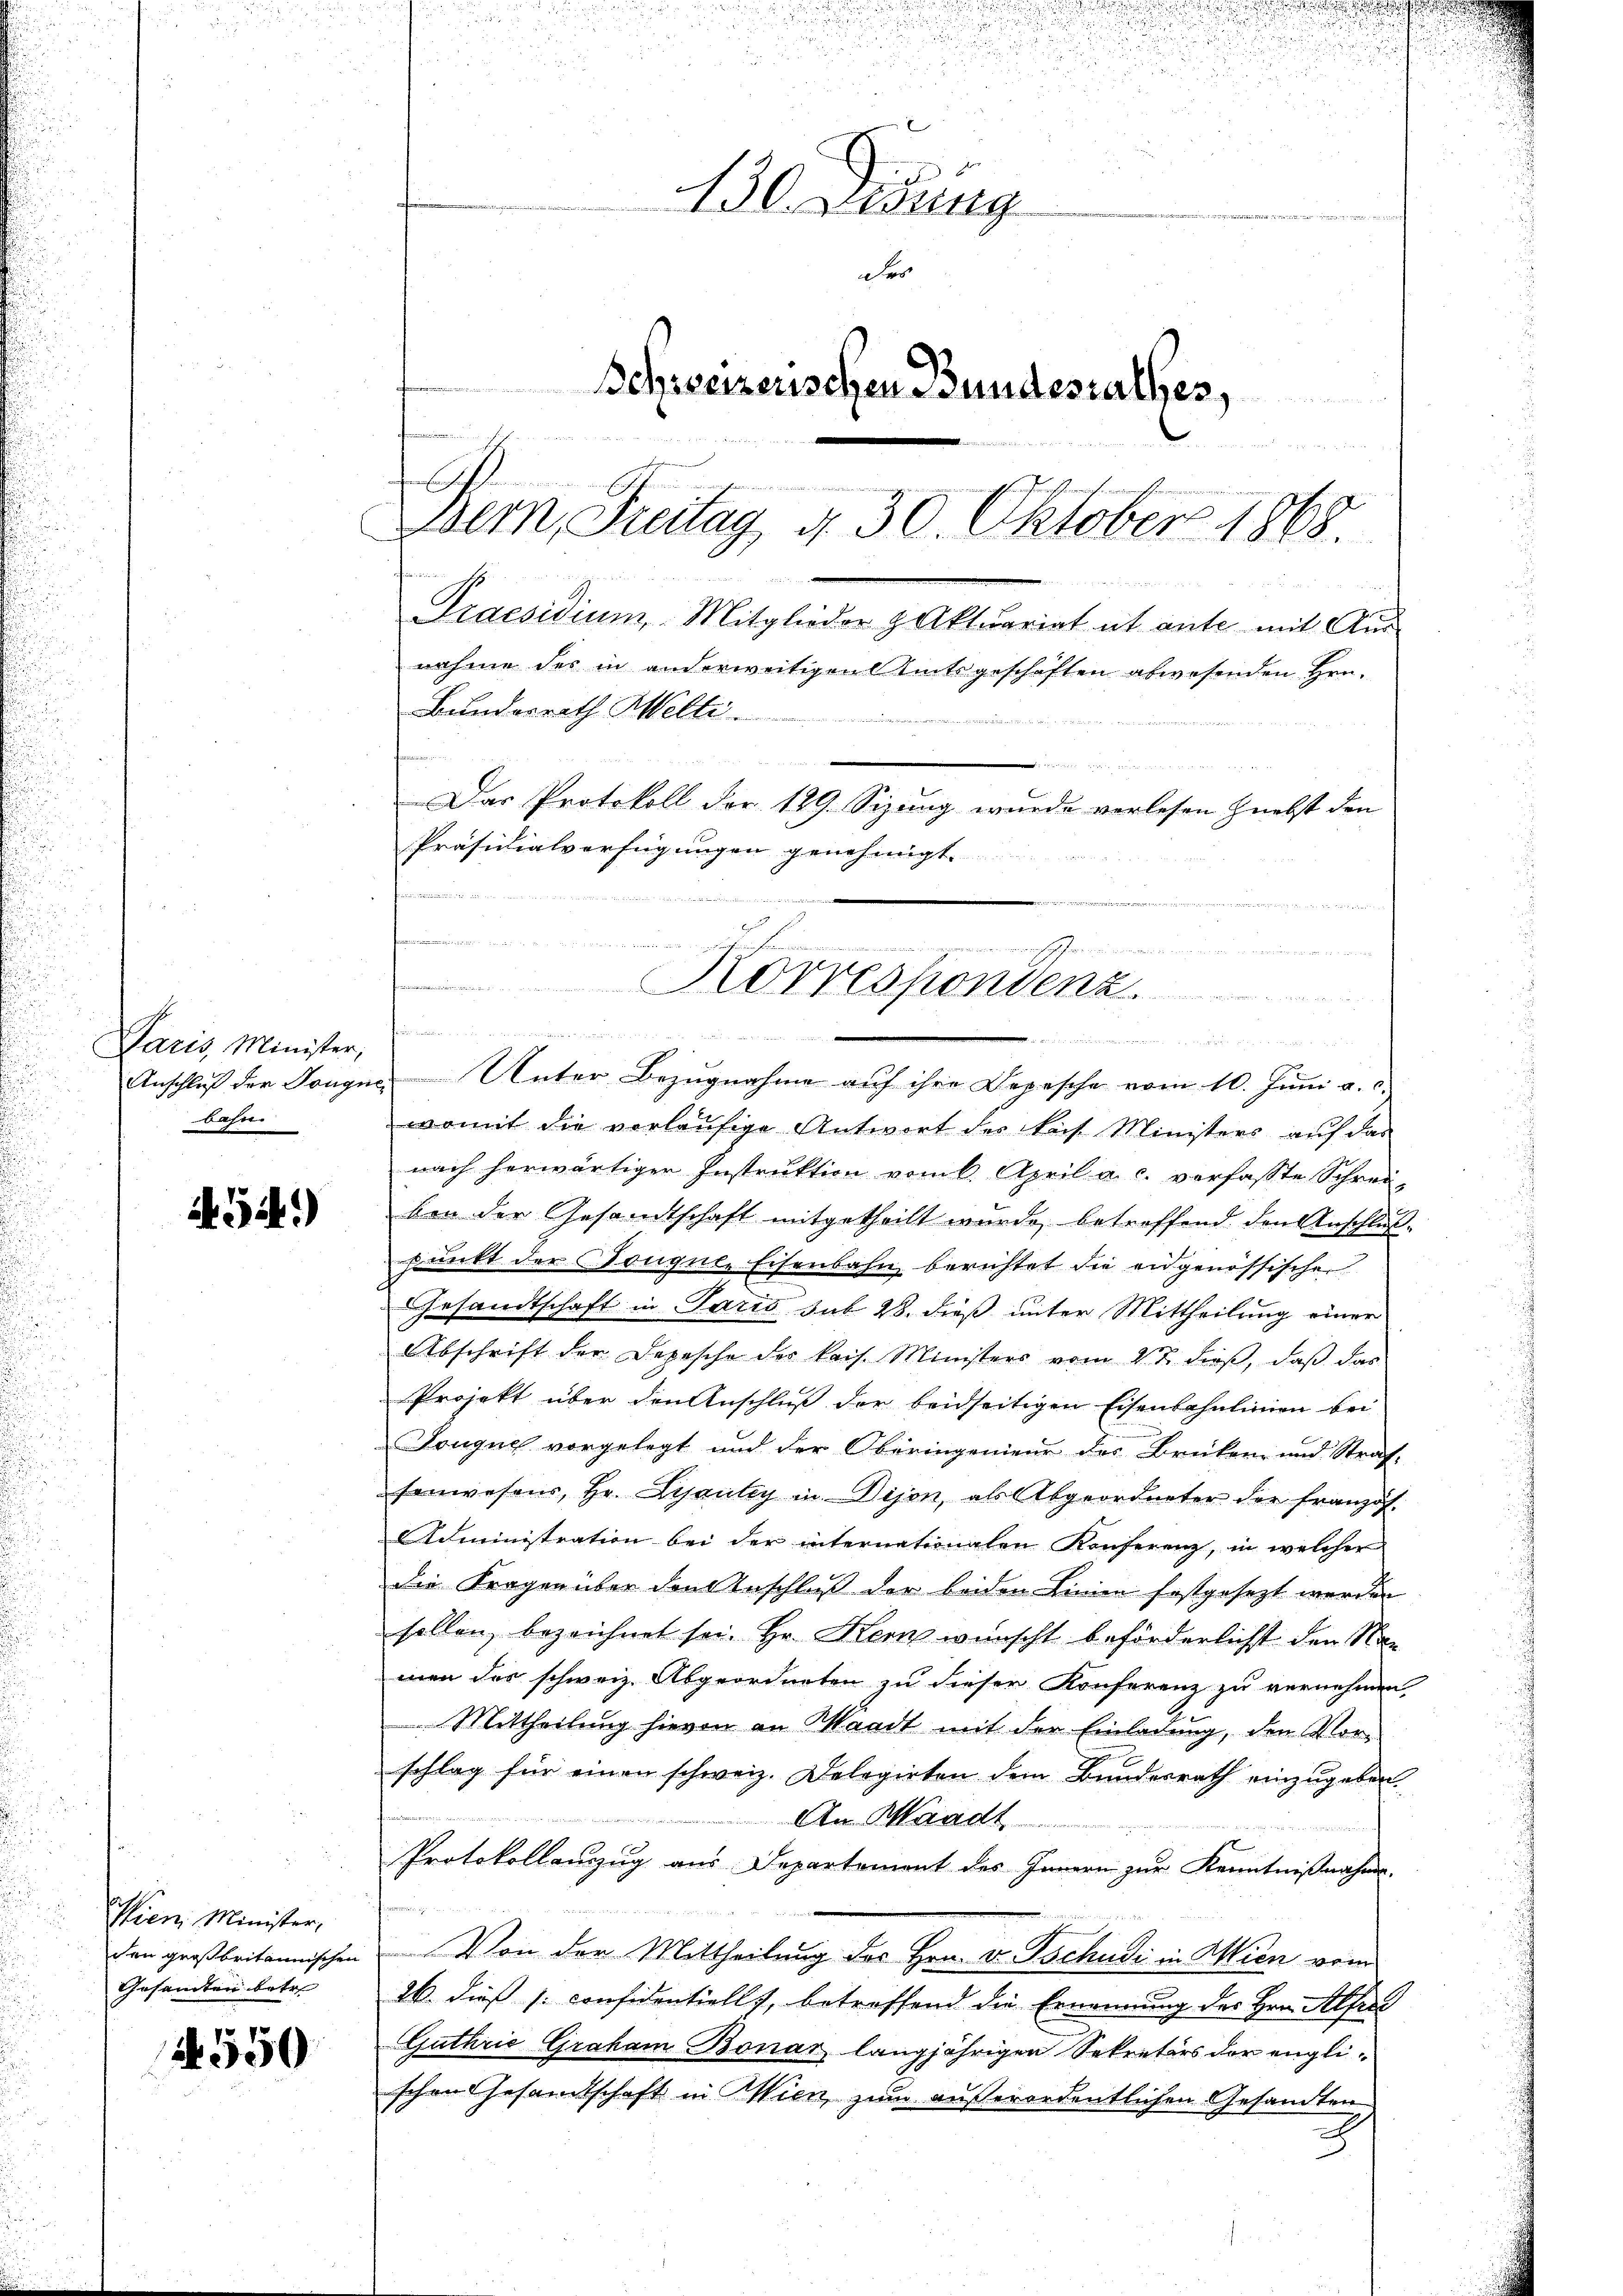
Paris, Minister,
Anschluß der Tongu
bahn.

A.54.)

Shien Minister,
den großbritannischen
Gesamten betr.

A 550

A
430. Lesung
der
Schweizerischen Bundesrathes,
.
Dem Freitag, d. 30. Oktober 1868.

m
Das Protokoll der 189. Sizung wurde vorlesen nebst den
Präsidialverfügungen genehmigt.

den Aber 1. Seiten
erschicht finden einen in der einen
eier an den statt e g werde

Korrespondenz

1 22

i
nn sie nich

Bundesrath Welti.

Unter Bezugnahme auf ihre Depesche vom 10. Juni a. c.
womit die vorläufige Antwort des sich Ministers auf das
nach herwärtigen Instruktion vom April a. c. verfasste Schreivon der Gesandtschaft mitgetheilt wurde, betreffend den Anschlußpunkt der Tongue, Eisenbahn berichtet die eidgenössischen
Gesandtschaft in Paris sub 28. dieß unter Mittheilung einer
Abschrift der Depesche der kais. Ministers vom 23. dieß, daß das
Projekt über den Anschluß der beidseitigen Eisenbahnlinien bei
Tongue vorgelegt und der Oberingenieur des Brüken- und Straf-
senwesens, Hr. Lyanty in Disen, als Abgeordneter der französ.
Administration bei der internationalen Konferenz, in welcher
die Fragen über den Anschluß der beiden Linien festgesezt werde
sellen, bezeichnet sei. Hr. Kern wünscht beförderlichst den Namen des schweiz. Abgeordneten zu dieser Konferenz zu vernehmen
Mittheilung hievon an Waadt mit der Einladung, den Vorschlag für einen schweiz. Delegierten dem Bundesrath einzugeben.
An Waadt
Protokollanzug aus Departement des Innern zur Kenntnißnahme.

Von der Mittheilung des Hrn. v. Tschudi in Wien vom
26. dieß s. confidentiellt, betreffend die Ernennung des Hrn. Alfred
Guthrie Graham Bonar langjährigen Sekretärs der englischen Gesandtschaft in Wien zum außerordentlichen Gesandten

Praesidium. Mitglieder & Aktuariat et ante mit Aus-

nahme des in anderweitigen Amtsgeschäften abwesenden Hrn.

2